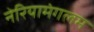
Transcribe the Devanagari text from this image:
नेरियामंगलम